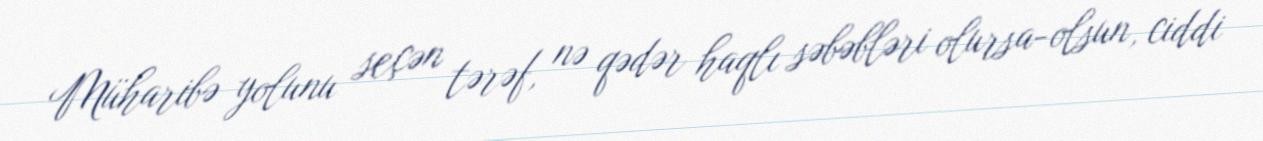
Müharibə yolunu seçən tərəf, nə qədər haqlı səbəbləri olursa-olsun, ciddi